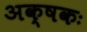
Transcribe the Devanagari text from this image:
अक्षकः